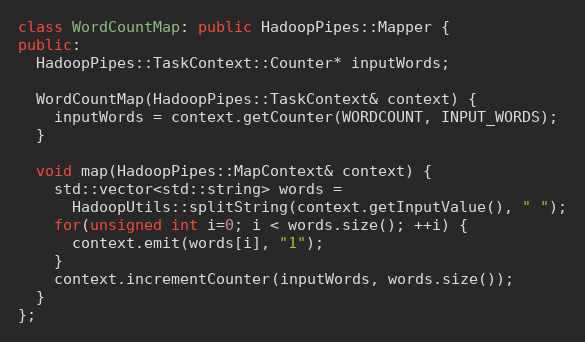
Language: C++
class WordCountMap: public HadoopPipes::Mapper {
public:
  HadoopPipes::TaskContext::Counter* inputWords;

  WordCountMap(HadoopPipes::TaskContext& context) {
    inputWords = context.getCounter(WORDCOUNT, INPUT_WORDS);
  }

  void map(HadoopPipes::MapContext& context) {
    std::vector<std::string> words =
      HadoopUtils::splitString(context.getInputValue(), " ");
    for(unsigned int i=0; i < words.size(); ++i) {
      context.emit(words[i], "1");
    }
    context.incrementCounter(inputWords, words.size());
  }
};